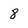
Character: 8